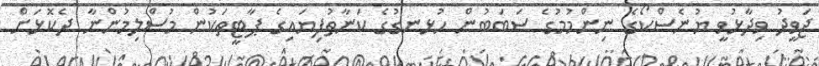
ޖަވީދު ވިދާޅުވީ ޔުނެސްކޯގެ ނިންމުމުގެ ސަބަބުން ހުޅނގުގެ ކަނާތުފިޔައިގެ ޕާޓީތަކުން މުސްލިމުންނާ ދެކޮޅަށް